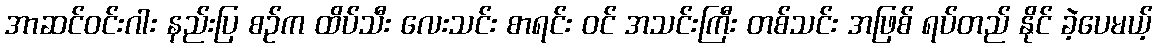
အာဆင်ဝင်းဂါး နည်းပြ စဉ်က ထိပ်သီး လေးသင်း စာရင်း ဝင် အသင်းကြီး တစ်သင်း အဖြစ် ရပ်တည် နိုင် ခဲ့ပေမယ့်